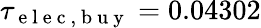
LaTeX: \tau_{\mathrm{~e~l~e~c~,~b~u~y~}}=0.04302